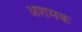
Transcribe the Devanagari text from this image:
अशमक